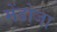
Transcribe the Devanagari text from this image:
मेंडोजा